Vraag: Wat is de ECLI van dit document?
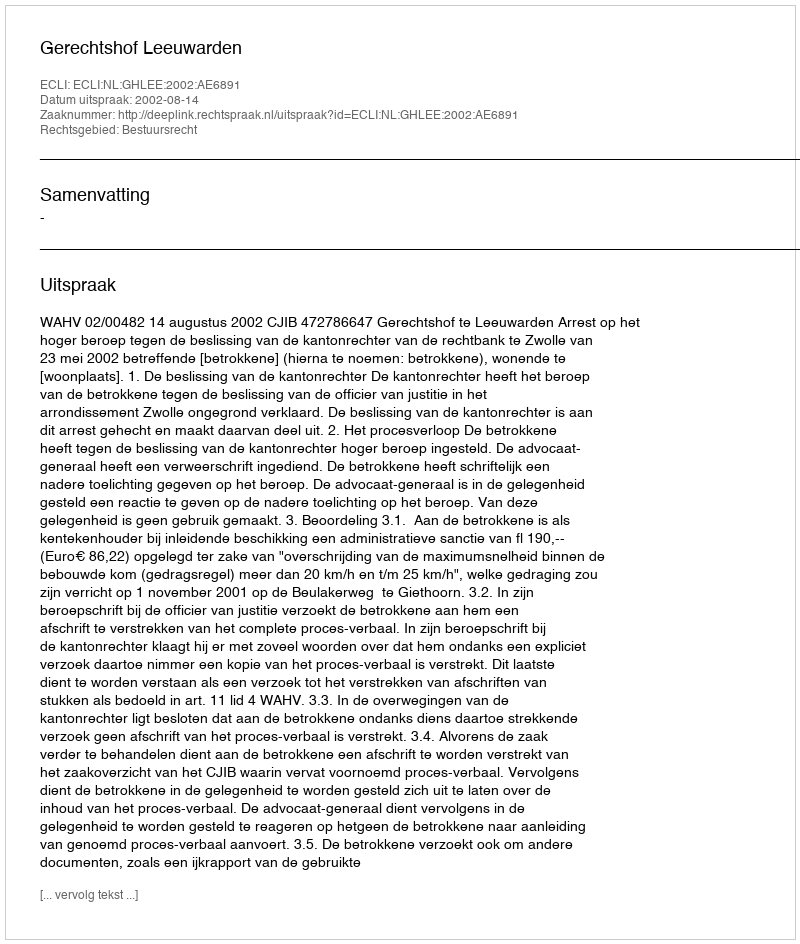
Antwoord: ECLI:NL:GHLEE:2002:AE6891